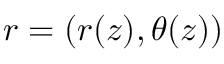
\boldsymbol { r } = ( r ( z ) , \theta ( z ) )